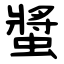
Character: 螿